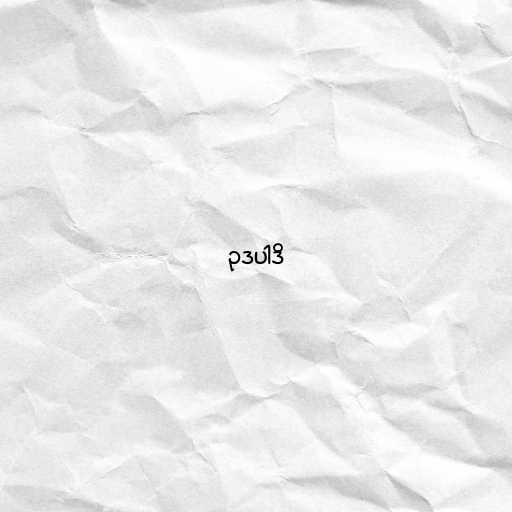
ဥဒပါဒိ